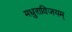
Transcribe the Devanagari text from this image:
मधुराविजयम्